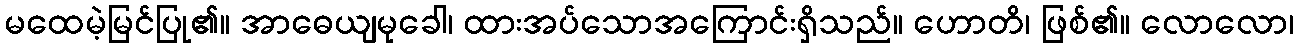
မထေမဲ့မြင်ပြု၏။ အာဓေယျမုခေါ၊ ထားအပ်သောအကြောင်းရှိသည်။ ဟောတိ၊ ဖြစ်၏။ လောလော၊